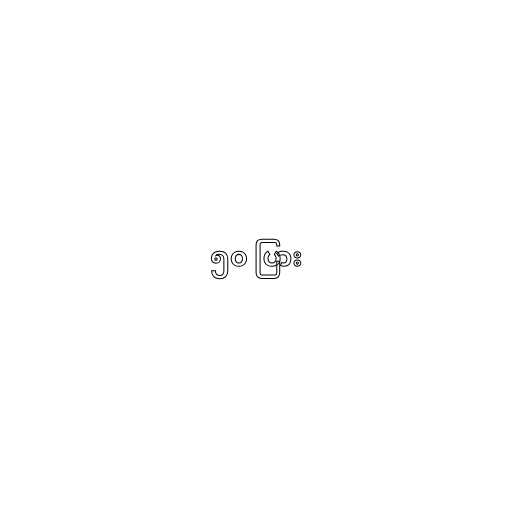
၅၀ ပြား